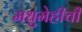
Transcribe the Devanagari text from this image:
मधुमेहीची